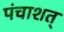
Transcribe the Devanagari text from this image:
पंचाशत्